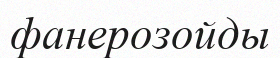
фанерозойды